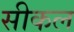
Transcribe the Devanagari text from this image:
सीकल